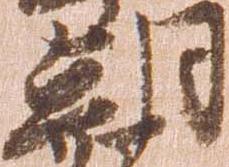
朝